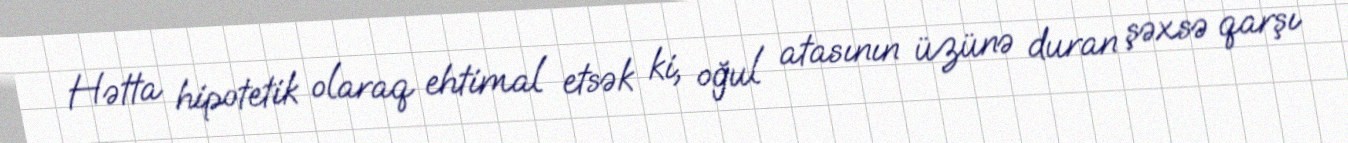
Hətta hipotetik olaraq ehtimal etsək ki, oğul atasının üzünə duran şəxsə qarşı